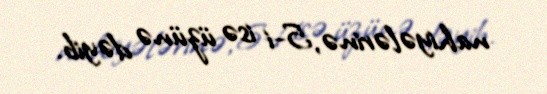
nahiyələrinə, 5-i isə üzünə dəyib.